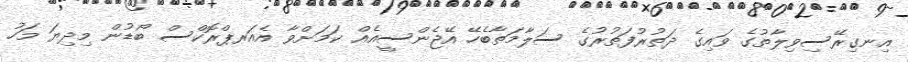
އިނގިރޭސިވިލާތުގެ ވައިގެ ދަތުރުފަތުރުގެ ސަލާމަތާބެހޭ އޭޖެންސީއެއް ކަމަށްވާ އެއަރޕްރޮކްސް ބޯޑުން މިދިޔަ މަހު